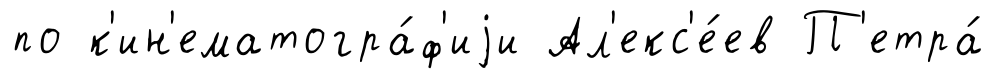
по к'ин'ематогра́ф'иjи Ал'екс'е́ев П'етра́